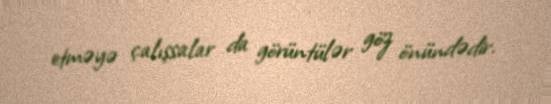
etməyə çalışsalar da görüntülər göz önündədir.